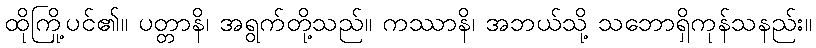
ထိုကြို့ပင်၏။ ပတ္တာနိ၊ အရွက်တို့သည်။ ကဿာနိ၊ အဘယ်သို့ သဘောရှိကုန်သနည်း။